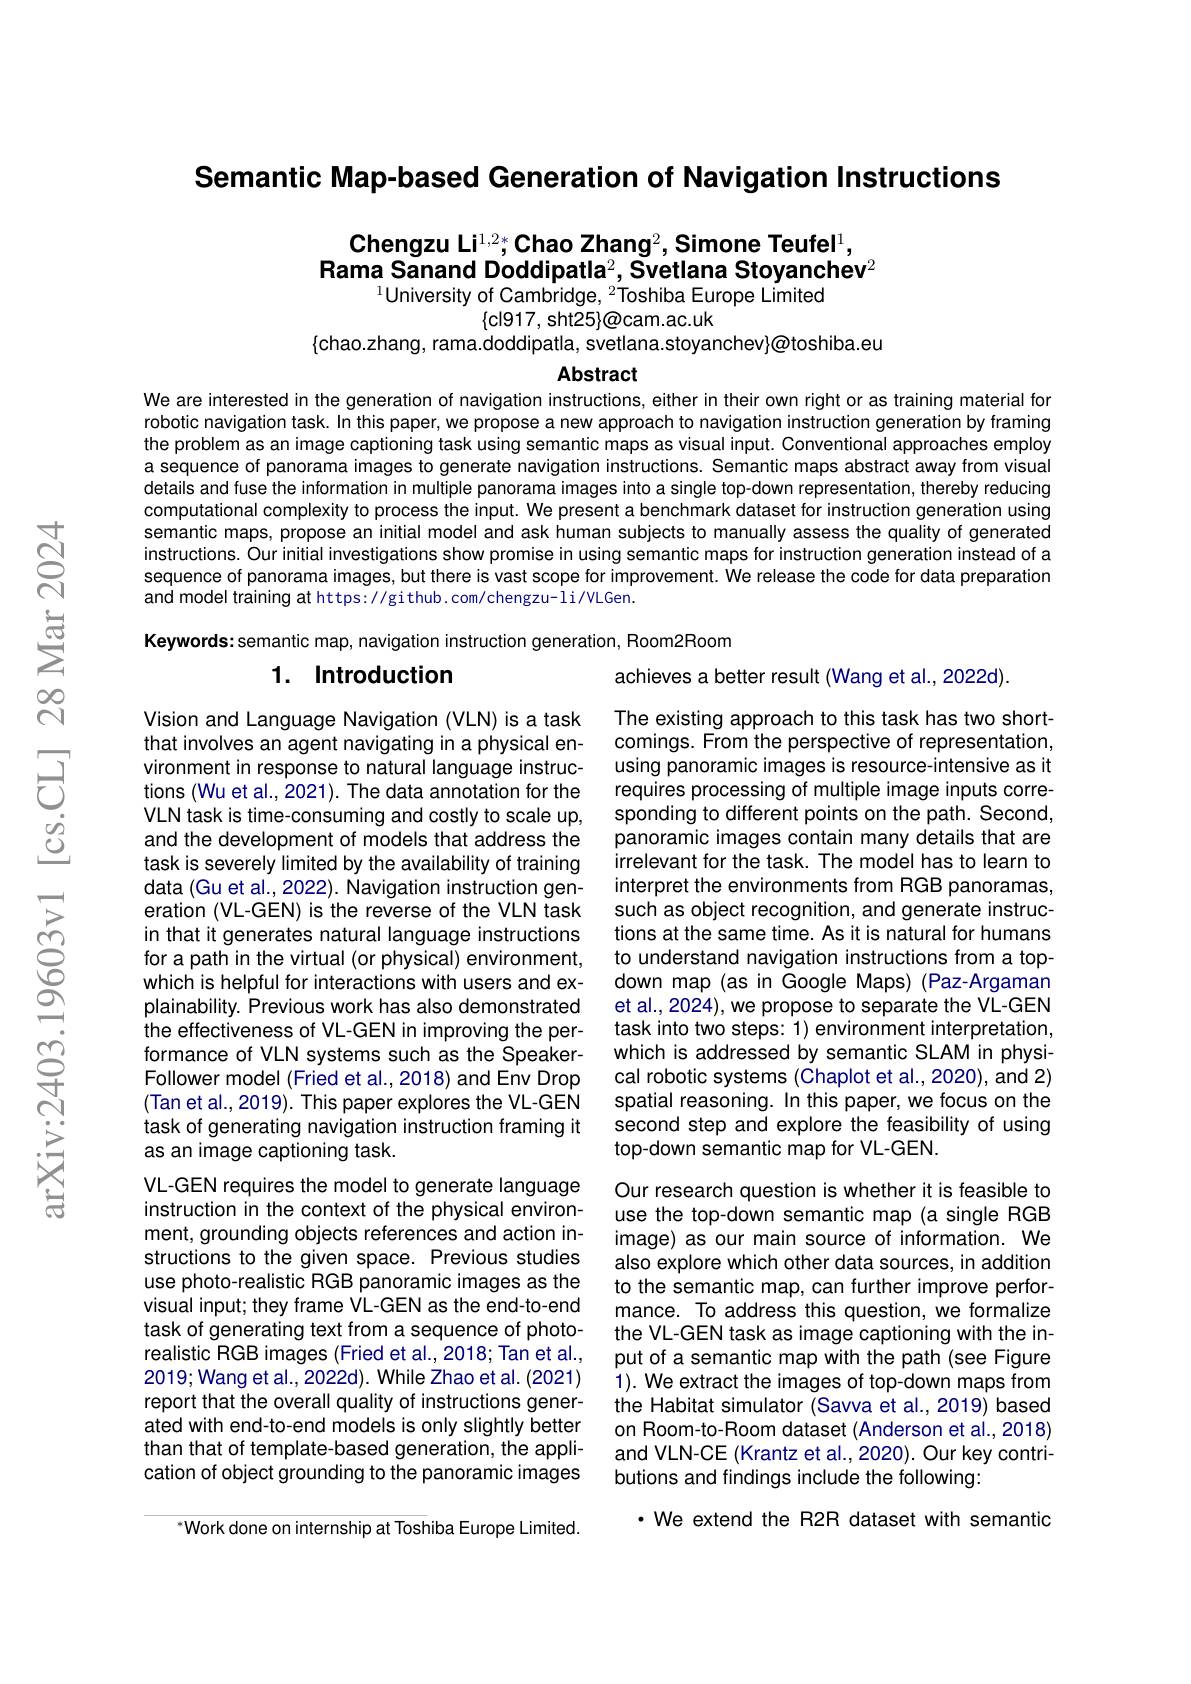
Semantic Map-based Generation of Navigation Instructions

## Chengzu Li$^{1,2*}$Chao Zhang$^2,\textbf{Simone Teufel}^1$, Rama Sanand Doddipatla$^2,\textbf{Svetlana Stoyanchev}^{2}$ $^{1}$University of Cambridge, $^{2}$Toshiba Europe Limited

$\{$cl917, sht25}@cam.ac.uk
$\{$chao.zhang, rama.doddipatla, svetlana.stoyanchev}@toshiba.eu
Abstract

We are interested in the generation of navigation instructions, either in their own right or as training material for robotic navigation task. In this paper, we propose a new approach to navigation instruction generation by framing the problem as an image captioning task using semantic maps as visual input. Conventional approaches employ a sequence of panorama images to generate navigation instructions. Semantic maps abstract away from visual details and fuse the information in multiple panorama images into a single top-down representation, thereby reducing computational complexity to process the input. We present a benchmark dataset for instruction generation using semantic maps, propose an initial model and ask human subjects to manually assess the quality of generated instructions. Our initial investigations show promise in using semantic maps for instruction generation instead of a sequence of panorama images, but there is vast scope for improvement. We release the code for data preparation and model training at https: //gi thub. com/chengzu- li/VLGen.

Keywords: semantic map, navigation instruction generation, Room2Room

## 1. Introduction

Vision and Language Navigation (VLN) is a task that involves an agent navigating in a physical environment in response to natural language instructions (Wu et al., 2021). The data annotation for the VLN task is time-consuming and costly to scale up, and the development of models that address the task is severely limited by the availability of training data (Gu et al., 2022). Navigation instruction generation (VL-GEN) is the reverse of the VLN task in that it generates natural language instructions for a path in the virtual (or physical) environment, which is helpful for interactions with users and explainability. Previous work has also demonstrated the effectiveness of VL-GEN in improving the performance of VLN systems such as the SpeakerFollower model (Fried et al., 2018) and Env Drop (Tan et al., 2019). This paper explores the VL-GEN task of generating navigation instruction framing it as an image captioning task.
VL-GEN requires the model to generate language instruction in the context of the physical environment, grounding objects references and action instructions to the given space. Previous studies use photo-realistic RGB panoramic images as the visual input; they frame VL-GEN as the end-to-end task of generating text from a sequence of photorealistic RGB images (Fried et al., 2018; Tan et al., 2019;Wang et al., 2022d). While Zhao et al. (2021) report that the overall quality of instructions generated with end-to-end models is only slightly better than that of template-based generation, the application of object grounding to the panoramic images

achieves a better result (Wang et al., 2022d).
The existing approach to this task has two shortcomings. From the perspective of representation, using panoramic images is resource-intensive as it requires processing of multiple image inputs corresponding to different points on the path. Second, panoramic images contain many details that are irrelevant for the task. The model has to learn to interpret the environments from RGB panoramas, such as object recognition, and generate instructions at the same time. As it is natural for humans to understand navigation instructions from a topdown map (as in Google Maps) (Paz-Argaman et al., 2024), we propose to separate the VL-GEN task into two steps: 1) environment interpretation, which is addressed by semantic SLAM in physical robotic systems (Chaplot et al., 2020), and 2) spatial reasoning. In this paper, we focus on the second step and explore the feasibility of using top-down semantic map for VL-GEN.
Our research question is whether it is feasible to use the top-down semantic map (a single RGB image) as our main source of information. We also explore which other data sources, in addition to the semantic map, can further improve performance. To address this question, we formalize the VL-GEN task as image captioning with the input of a semantic map with the path (see Figure 1). We extract the images of top-down maps from the Habitat simulator (Savva et al.,2019) based on Room-to-Room dataset (Anderson et al., 2018) and VLN-CE (Krantz et al., 2020). Our key contributions and findings include the following:
$\cdot$ We extend the R2R dataset with semantic

Work done on internship at Toshiba Europe Limited.